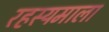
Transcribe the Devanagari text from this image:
रहस्यमाला